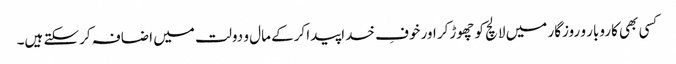
کسی بھی کاروبار و روزگار میں لالچ کو چھوڑکر اور خوفِ خداپیدا کرکے مال و دولت میں اضافہ کرسکتے ہیں۔